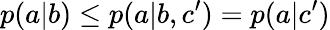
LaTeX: p(a|b)\leq p(a|b,c^{\prime})=p(a|c^{\prime})